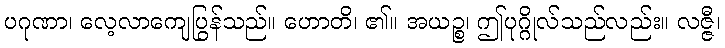
ပဂုဏာ၊ လေ့လာကျေပြွန်သည်။ ဟောတိ၊ ၏။ အယဉ္စ၊ ဤပုဂ္ဂိုလ်သည်လည်း။ လဇ္ဇီ၊